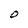
Character: O